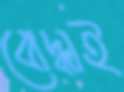
বোদ্ধাই